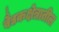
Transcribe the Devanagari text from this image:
वैद्यकक्षेत्रातील